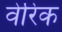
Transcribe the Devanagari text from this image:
वेरिक